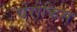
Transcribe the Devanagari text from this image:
चेरोकिस